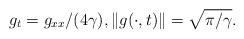
LaTeX: \begin{align*}g_t = {g_{xx}}/{(4\gamma)}, \|g(\cdot, t)\| = \sqrt{\pi/\gamma}.\end{align*}